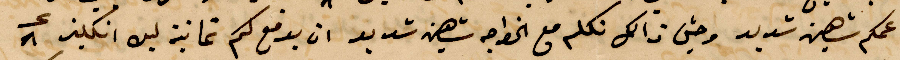
عمكم شهين شديد وحتى ذلك تكلم مع الخواجه شهين شديد ان يدفع كم ثمانية ليره انكليز ٨